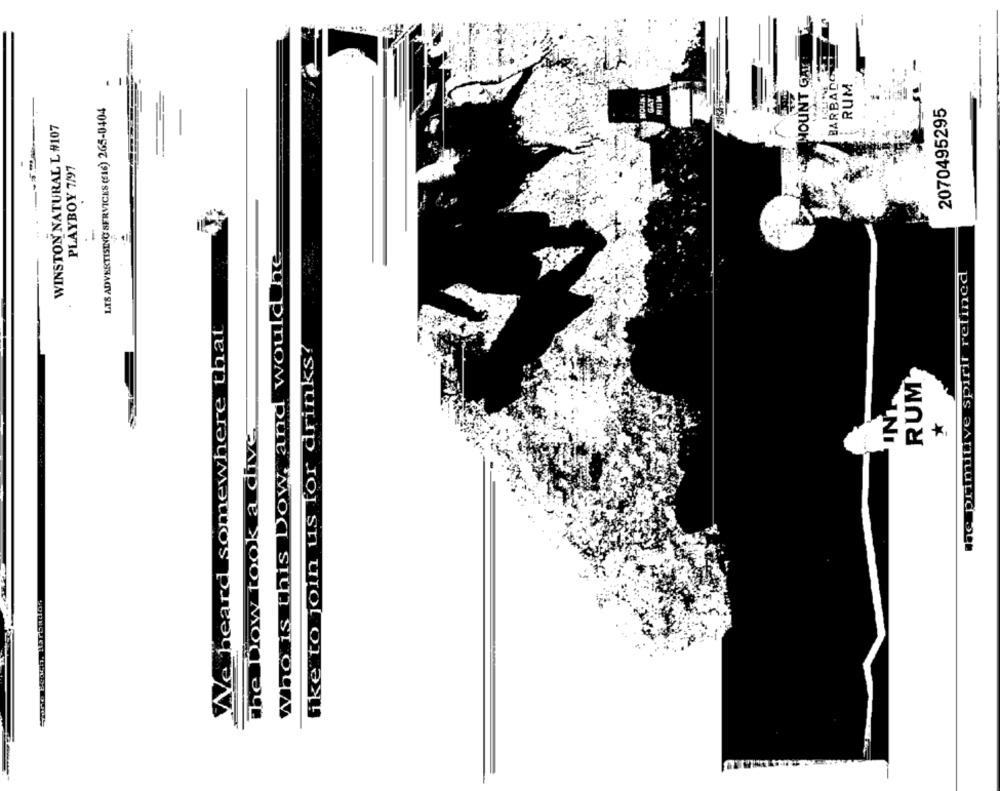
BARBADO
MOUNT GAT
RUM
LIS ADVERTISING SERVICES (16) 265-0404
2070495295
WINSTON NATURAL L #107
PLAYBOY 7/97
-
Who is this Dow, and would he
lac primitive spirit refined
We heard somewhere that
like to join us for drinks?
RUM
INT
The Dow took a dive